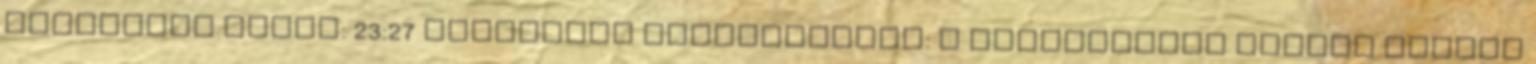
stoneRise dátum: 23:27 Nincsenek megjegyzések: A bejegyzésre mutató linkek